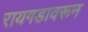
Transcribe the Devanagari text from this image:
रायगडावरून